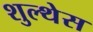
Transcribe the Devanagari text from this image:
शुल्थेस